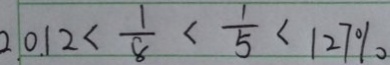
2 . 0 . 1 2 < \frac { 1 } { 8 } < \frac { 1 } { 5 } < 1 2 7 \%